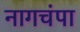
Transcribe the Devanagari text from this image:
नागचंपा